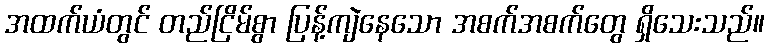
အထက်ယံတွင် တည်ငြိမ်စွာ ပြန့်ကျဲနေသော အစက်အစက်တွေ ရှိသေးသည်။